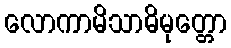
လောကာမိသာဓိမုတ္တော